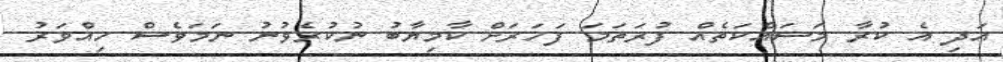
އަދި އެ ކުރާ މަސައްކަތެއް ފުރަތަމަ ފަހަރަށް ކާމިޔާބު ނުކުރެވުނު ނަމަވެސް ހިއްވަރު